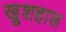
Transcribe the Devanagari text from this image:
खु़शहाल